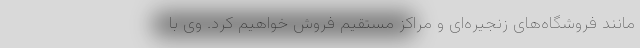
مانند فروشگاه‌های زنجیره‌ای و مراکز مستقیم فروش خواهیم کرد. وی با